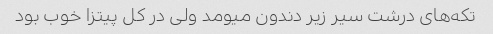
تکه‌های درشت سیر زیر دندون میومد ولی در کل پیتزا خوب بود